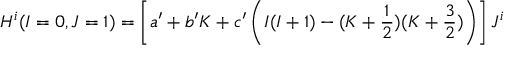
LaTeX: H ^ { i } ( I = 0 , J = 1 ) = \left[ a ^ { \prime } + b ^ { \prime } K + c ^ { \prime } \left( I ( I + 1 ) - ( K + \frac { 1 } { 2 } ) ( K + \frac { 3 } { 2 } ) \right) \right] J ^ { i }